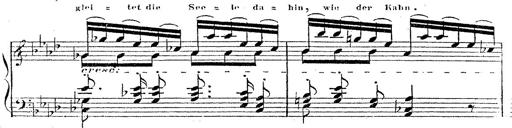
Title: 12 Lieder von Franz Schubert
Composer: Franz Liszt